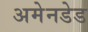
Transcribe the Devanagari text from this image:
अमेनडेड